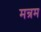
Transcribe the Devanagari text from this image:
मन्रम